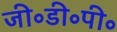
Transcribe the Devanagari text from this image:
जी॰डी॰पी॰